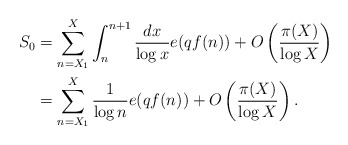
\begin{align*} S_0 &= \sum_{n=X_1}^X \int_n^{n+1} \frac{dx}{\log x} e(qf(n)) + O \left( \frac{\pi(X)}{\log X}\right) \\ &= \sum_{n=X_1}^X \frac{1}{\log n} e(qf(n)) + O\left(\frac{\pi(X)}{\log X}\right). \end{align*}